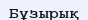
Бұзырық